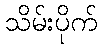
သိမ်းပိုက်